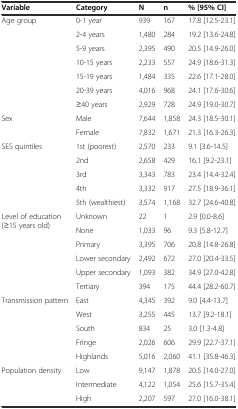
<table><thead><tr><td><b>Variable</b></td><td><b>Category</b></td><td><b>N</b></td><td><b>n</b></td><td><b>% [95% CI]</b></td></tr></thead><tbody><tr><td rowspan="7">Age group</td><td>0-1 year</td><td>939</td><td>167</td><td>17.8 [12.5-23.1]</td></tr><tr><td>2-4 years</td><td>1,480</td><td>284</td><td>19.2 [13.6-24.8]</td></tr><tr><td>5-9 years</td><td>2,395</td><td>490</td><td>20.5 [14.9-26.0]</td></tr><tr><td>10-15 years</td><td>2,233</td><td>557</td><td>24.9 [18.6-31.3]</td></tr><tr><td>15-19 years</td><td>1,484</td><td>335</td><td>22.6 [17.1-28.0]</td></tr><tr><td>20-39 years</td><td>4,016</td><td>968</td><td>24.1 [17.6-30.6]</td></tr><tr><td>≥40 years</td><td>2,929</td><td>728</td><td>24.9 [19.0-30.7]</td></tr><tr><td rowspan="2">Sex</td><td>Male</td><td>7,644</td><td>1,858</td><td>24.3 [18.5-30.1]</td></tr><tr><td>Female</td><td>7,832</td><td>1,671</td><td>21.3 [16.3-26.3]</td></tr><tr><td rowspan="5">SES quintiles</td><td>1st (poorest)</td><td>2,570</td><td>233</td><td>9.1 [3.6-14.5]</td></tr><tr><td>2nd</td><td>2,658</td><td>429</td><td>16.1 [9.2-23.1]</td></tr><tr><td>3rd</td><td>3,343</td><td>783</td><td>23.4 [14.4-32.4]</td></tr><tr><td>4th</td><td>3,332</td><td>917</td><td>27.5 [18.9-36.1]</td></tr><tr><td>5th (wealthiest)</td><td>3,574</td><td>1,168</td><td>32.7 [24.6-40.8]</td></tr><tr><td rowspan="6">Level of education (≥15 years old)</td><td>Unknown</td><td>22</td><td>1</td><td>2.9 [0.0-8.6]</td></tr><tr><td>None</td><td>1,033</td><td>96</td><td>9.3 [5.8-12.7]</td></tr><tr><td>Primary</td><td>3,395</td><td>706</td><td>20.8 [14.8-26.8]</td></tr><tr><td>Lower secondary</td><td>2,492</td><td>672</td><td>27.0 [20.4-33.5]</td></tr><tr><td>Upper secondary</td><td>1,093</td><td>382</td><td>34.9 [27.0-42.8]</td></tr><tr><td>Tertiary</td><td>394</td><td>175</td><td>44.4 [28.2-60.7]</td></tr><tr><td rowspan="5">Transmission pattern</td><td>East</td><td>4,345</td><td>392</td><td>9.0 [4.4-13.7]</td></tr><tr><td>West</td><td>3,255</td><td>445</td><td>13.7 [9.2-18.1]</td></tr><tr><td>South</td><td>834</td><td>25</td><td>3.0 [1.3-4.8]</td></tr><tr><td>Fringe</td><td>2,026</td><td>606</td><td>29.9 [22.7-37.1]</td></tr><tr><td>Highlands</td><td>5,016</td><td>2,060</td><td>41.1 [35.8-46.3]</td></tr><tr><td rowspan="3">Population density</td><td>Low</td><td>9,147</td><td>1,878</td><td>20.5 [14.0-27.0]</td></tr><tr><td>Intermediate</td><td>4,122</td><td>1,054</td><td>25.6 [15.7-35.4]</td></tr><tr><td>High</td><td>2,207</td><td>597</td><td>27.0 [16.0-38.1]</td></tr></tbody></table>